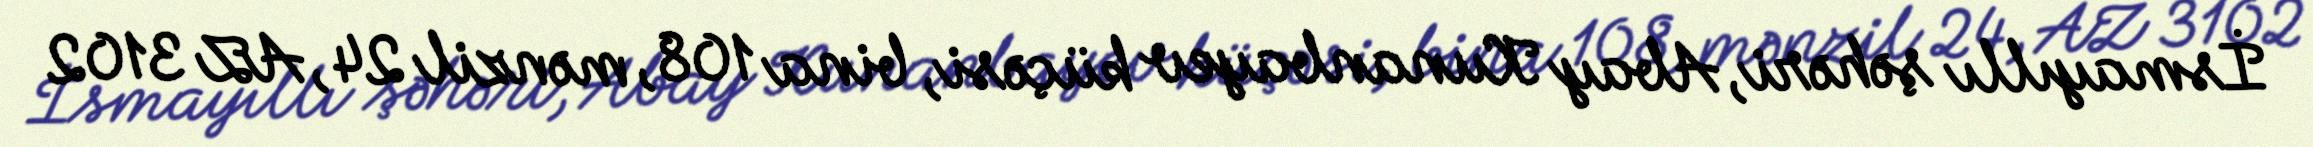
İsmayıllı şəhəri, Abay Kunanbayev küçəsi, bina 108, mənzil 24, AZ 3102